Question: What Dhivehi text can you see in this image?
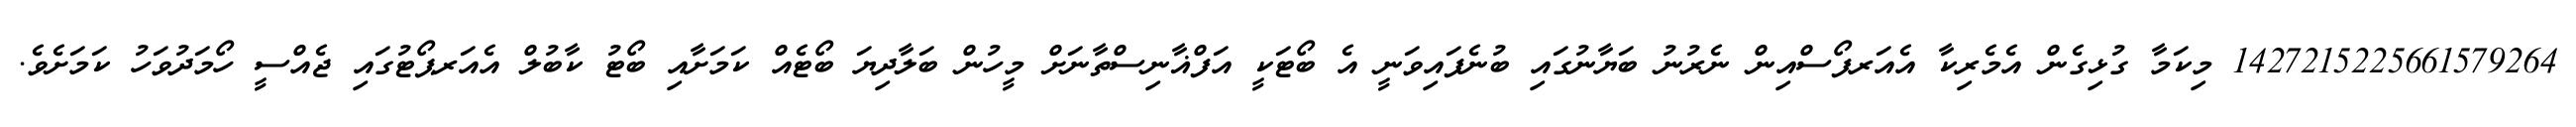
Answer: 1427215225661579264 މިކަމާ ގުޅިގެން އެމެރިކާ އެއަރފޯސްއިން ނެރުނު ބަޔާނުގައި ބުނެފައިވަނީ އެ ބޯޓަކީ އަފްޣާނިސްތާނަށް މީހުން ބަލާދިޔަ ބޯޓެއް ކަމަށާއި ބޯޓު ކާބުލް އެއަރޕޯޓުގައި ޖެއްސީ ހޯމަދުވަހު ކަމަށެވެ.